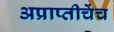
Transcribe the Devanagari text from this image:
अप्राप्तीचेंच